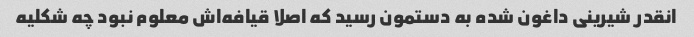
انقدر شیرینی داغون شده به دستمون رسید که اصلا قیافه‌اش معلوم نبود چه شکلیه